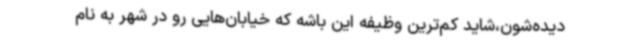
دیده‌شون،شاید کم‌ترین وظیفه این باشه که خیابان‌هایی رو در شهر به نام